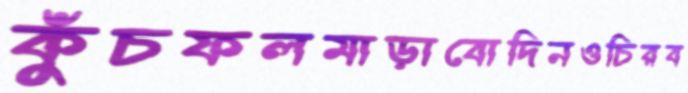
কুঁচফলমাড়াবোদিনওচিরব